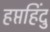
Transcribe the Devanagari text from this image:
हप्तहिंदु